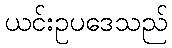
ယင်းဥပဒေသည်